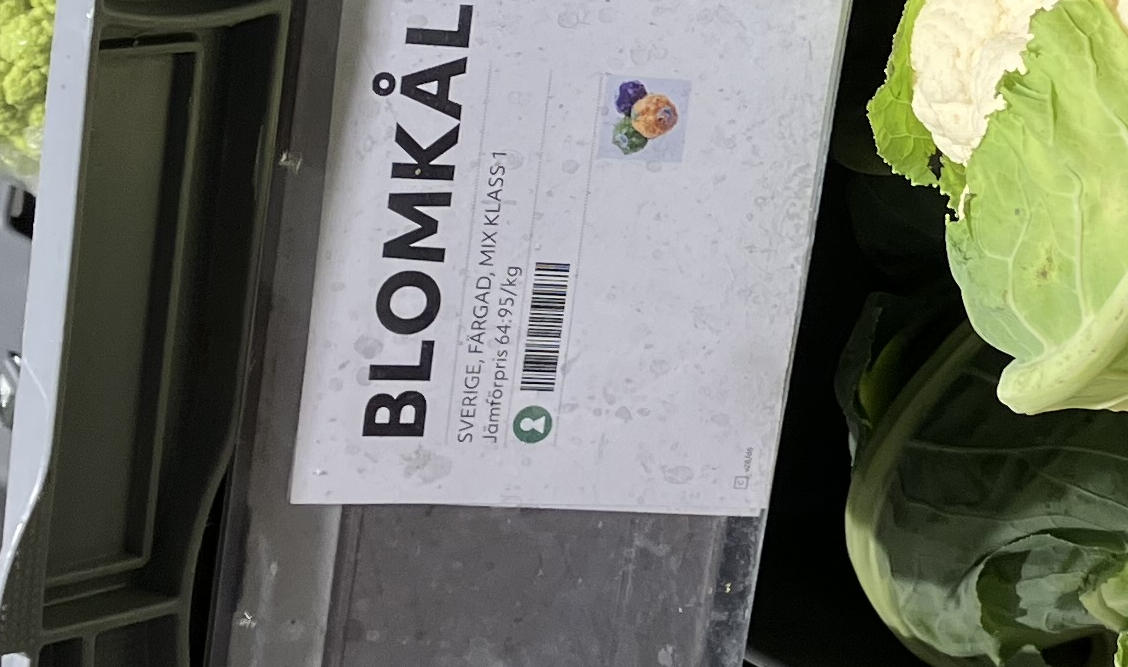
Vara: Blomkål
Genomsnittspris: 64.95 per kg